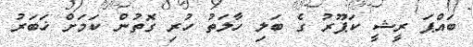
ބައްޕަ ރީޝީ ކަޕޫރު ގެ ބަލި ހާލަތު ހުރި ގޮތުން ކަމަށް ޚަބަރު